65_HS1-834228961_62-HQ-83894_Section_7
Agency: FBI
Page 83
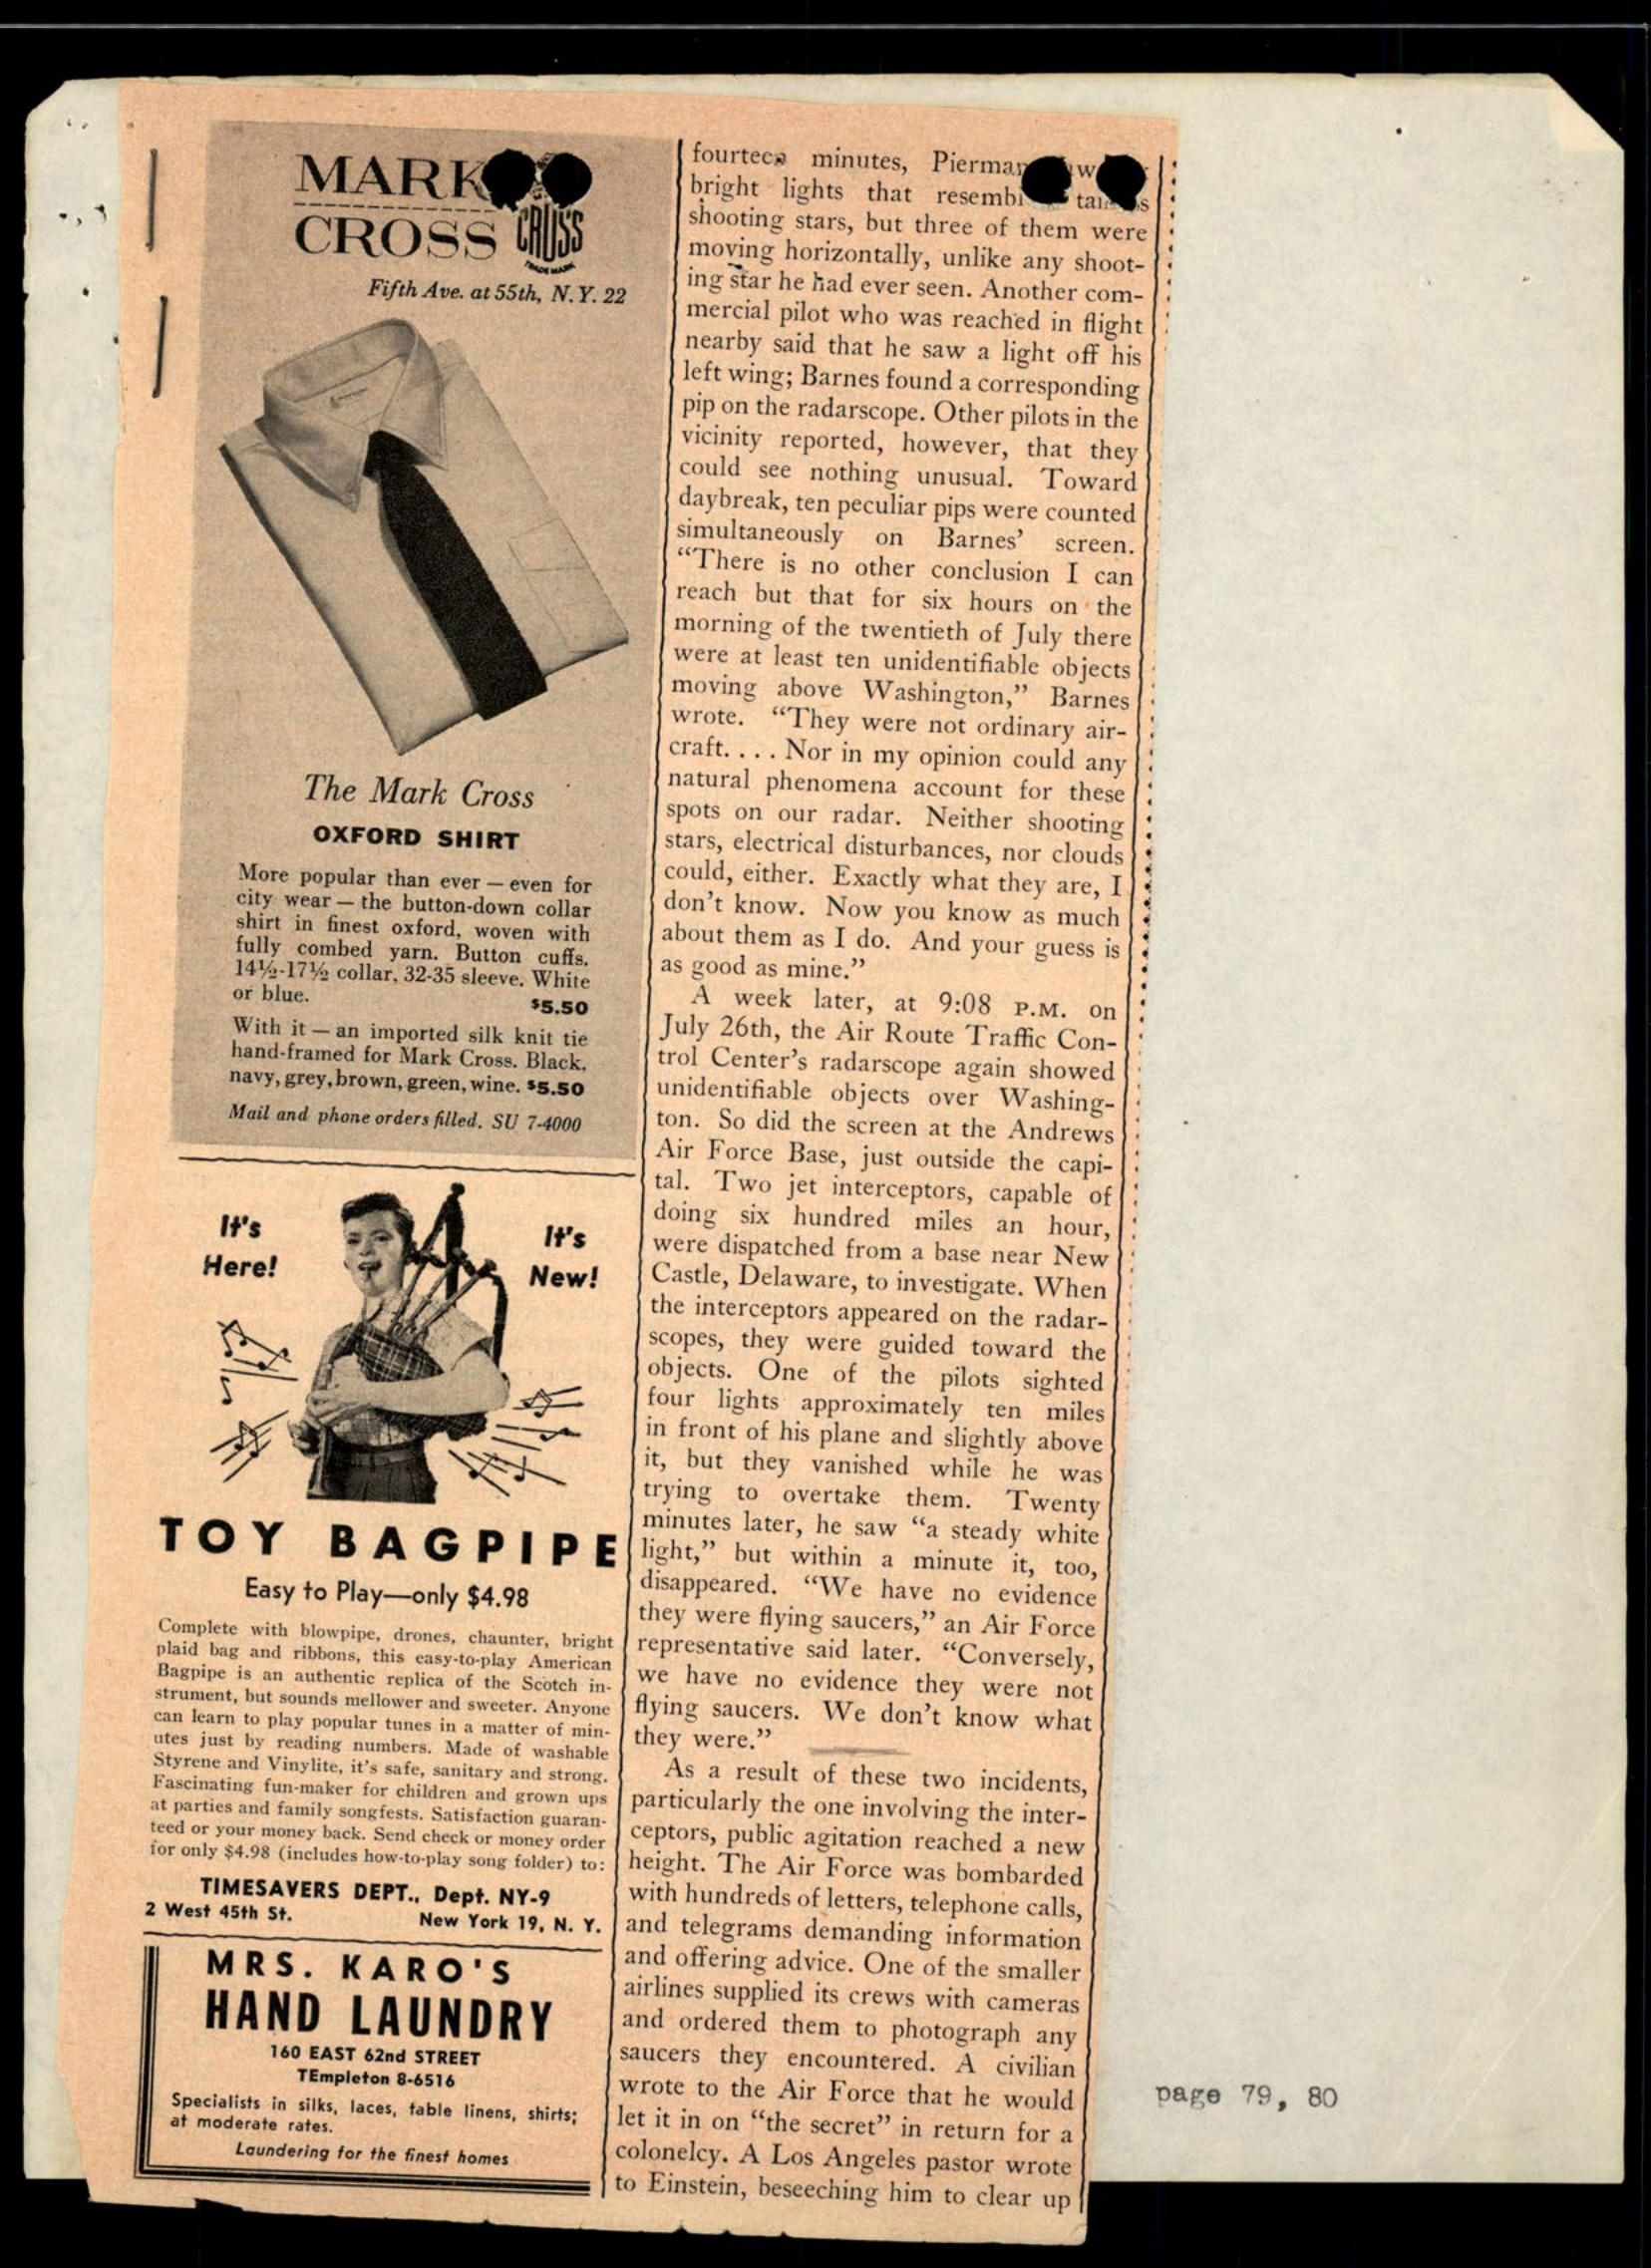